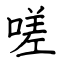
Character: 嗟